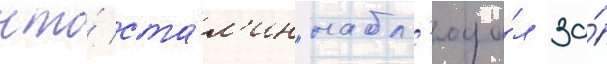
что́ ста́л'ин "набл'юда́л за́